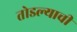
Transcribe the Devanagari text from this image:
तोडल्याची